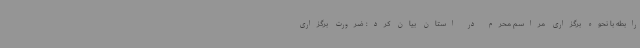
رابطه با نحوه برگزاری مراسم محرم در استان بیان کرد: ضرورت برگزاری